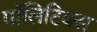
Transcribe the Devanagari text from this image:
पाॅलिटिक्स